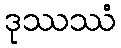
ဒုဿဿံ